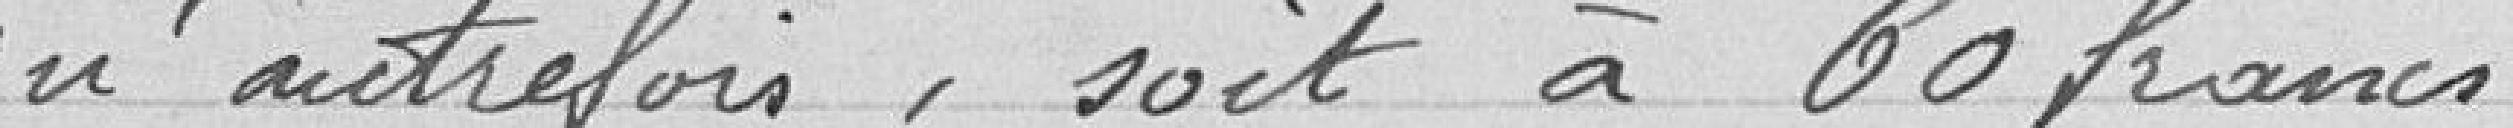
qu’autrefois, soit à 60 francs.